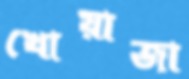
খোয়াজা